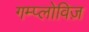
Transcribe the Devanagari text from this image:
गम्प्लोविज़